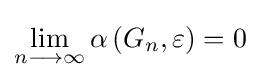
\lim _{n\longrightarrow \infty }\alpha \left(G_{n},\varepsilon \right)=0